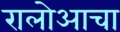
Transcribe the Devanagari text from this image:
रालोआचा